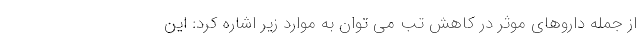
از جمله داروهای موثر در کاهش تب می توان به موارد زیر اشاره کرد: این